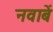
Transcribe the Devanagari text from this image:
नवाबें